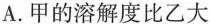
A.甲的溶解度比乙大